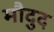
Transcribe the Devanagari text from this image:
मौदुद